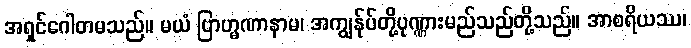
အရှင်ဂေါတမသည်။ မယံ ဗြာဟ္မဏာနာမ၊ အကျွန်ုပ်တို့ပုဏ္ဏားမည်သည်တို့သည်။ အာစရိယဿ၊